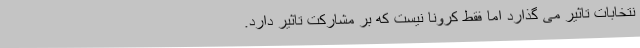
نتخابات تاثیر می گذارد اما فقط کرونا نیست که بر مشارکت تاثیر دارد.